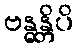
ဗန္ဓန္တိပိ